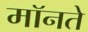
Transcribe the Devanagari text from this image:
मॉनते